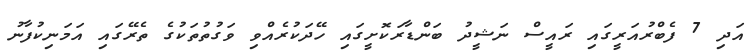
އަދި 7 ފެބްރުއަރީގައި ރައީސް ނަޝީދު ބަންޑާރަކޮށީގައި ހޭދަކުރެއްވި ވަގުތުތަކުގެ ތެރޭގައި އަމަނިކުފާނު